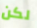
لكن